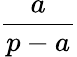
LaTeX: \frac{a}{p-a}